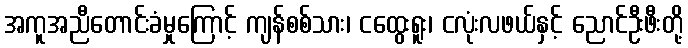
အကူအညီတောင်းခံမှုကြောင့် ကျန်စစ်သား၊ ငထွေးရူး၊ ငလုံးလဖယ်နှင့် ညောင်ဦးဖီးတို့